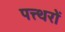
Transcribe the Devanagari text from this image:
पत्त्थरों